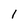
Character: 1